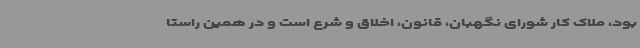
بود، ملاک کار شورای نگهبان، قانون، اخلاق و شرع است و در همین راستا